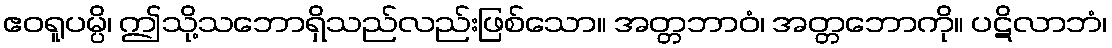
ဧဝရူပမ္ပိ၊ ဤသို့သဘောရှိသည်လည်းဖြစ်သော။ အတ္တဘာဝံ၊ အတ္တဘောကို။ ပဋိလာဘံ၊